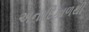
અનાદિકાળથી